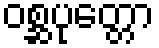
ဝစ္ဆပုတ္တော